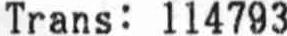
TRANS: 114793